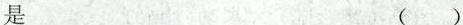
是 ()